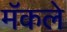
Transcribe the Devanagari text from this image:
मॅकले